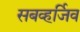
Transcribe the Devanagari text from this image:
सबव्हर्जिव